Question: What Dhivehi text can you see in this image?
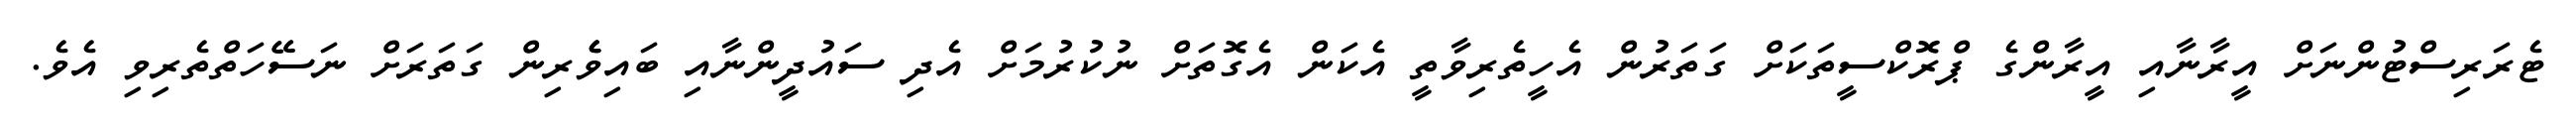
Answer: ޓެރަރިސްޓުންނަށް އީރާނާއި އީރާންގެ ޕްރޮކްސީތަކަށް ގަތަރުން އެހީތެރިވާތީ އެކަން އެގޮތަށް ނުކުރުމަށް އެދި ސައުދީންނާއި ބައިވެެރިން ގަތަރަށް ނަސޭހަތްތެރިވި އެވެ.